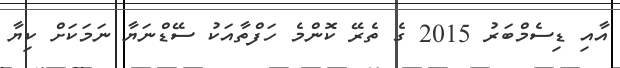
އާއި ޑިސެމްބަރު 2015 ގެ ތެރޭ ކޮންމެ ހަފްތާއަކު ސޭޑްނަޔާ ނަމަކަށް ކިޔާ